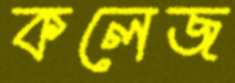
কলেজ